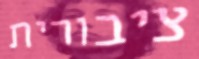
ציבורית